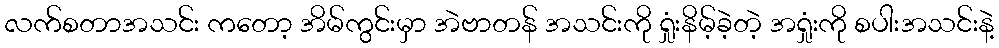
လက်စတာအသင်း ကတော့ အိမ်ကွင်းမှာ အဲဗာတန် အသင်းကို ရှုံးနိမ့်ခဲ့တဲ့ အရှုံးကို စပါးအသင်းနဲ့